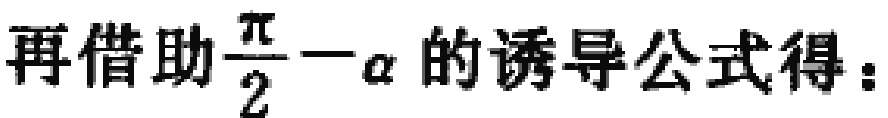
再借助$\frac{\pi}{2}-\alpha$的诱导公式得：